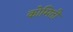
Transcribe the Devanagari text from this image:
कोमिती